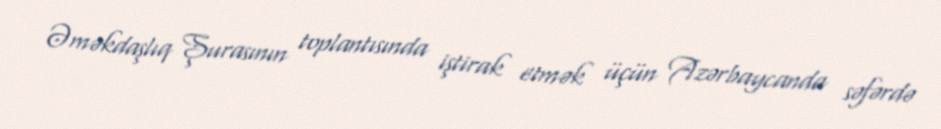
Əməkdaşlıq Şurasının toplantısında iştirak etmək üçün Azərbaycanda səfərdə